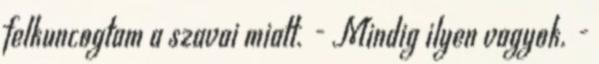
felkuncogtam a szavai miatt. - Mindig ilyen vagyok. -